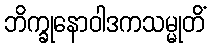
ဘိက္ခုနောဝါဒကသမ္မုတိံ